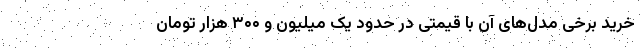
خرید برخی مدل‌های آن با قیمتی در حدود یک میلیون و ۳۰۰ هزار تومان